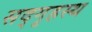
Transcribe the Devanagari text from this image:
सद्‌गृहस्थ